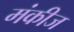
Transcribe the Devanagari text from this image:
मंकीज